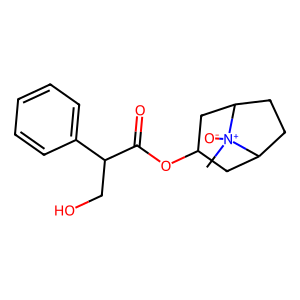
SMILES: C[N+]1([O-])C2CCC1CC(OC(=O)C(CO)c1ccccc1)C2
Inhibits HIV replication: No